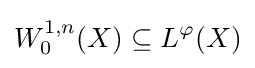
W_{0}^{1,n}(X)\subseteq L^{\varphi }(X)